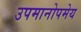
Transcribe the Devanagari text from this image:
उपमानोपमेय